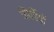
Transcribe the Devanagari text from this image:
झिर्रियों